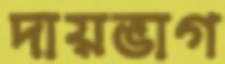
দায়ভাগ